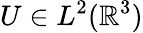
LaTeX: U\in L^{2}({\mathbb R}^{3})